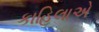
કાહિલાએ